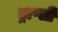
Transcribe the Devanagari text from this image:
ड्राप्सी